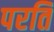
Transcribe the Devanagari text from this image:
परति